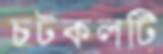
চটকলটি